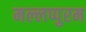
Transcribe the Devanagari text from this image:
मल्लप्पुरम